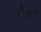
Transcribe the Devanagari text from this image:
टेनों